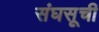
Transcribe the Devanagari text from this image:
संघसूची